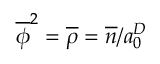
\overline { { \phi } } ^ { 2 } = \overline { { \rho } } = \overline { { n } } / a _ { 0 } ^ { D }